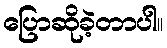
ပြောဆိုခဲ့တာပါ။